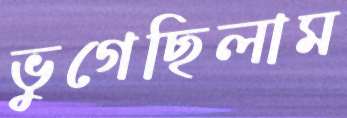
ভুগেছিলাম